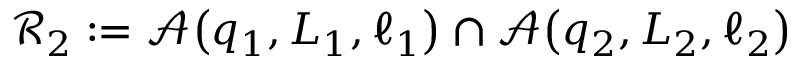
\mathscr { R } _ { 2 } : = \mathscr { A } \! \left( q _ { 1 } , L _ { 1 } , \ell _ { 1 } \right) \cap \mathscr { A } \! \left( q _ { 2 } , L _ { 2 } , \ell _ { 2 } \right)